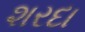
શરદા